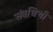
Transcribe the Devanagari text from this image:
संबधिची